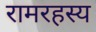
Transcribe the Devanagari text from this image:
रामरहस्य